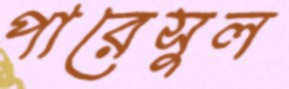
পারেসুল